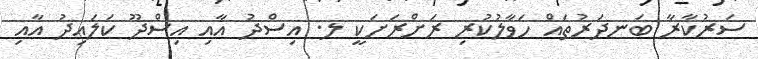
ސަރުކާރާ ބަނދަރުތައް ހަވާލުކުރި ރަށްރަށަކީ ލ. އިސްދު އާއި އިސްދޫ ކަލައިދު އާއި